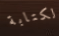
لكتابة